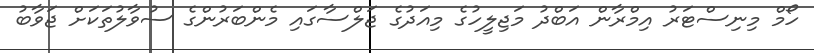
ހޯމް މިނިސްޓަރު އިމްރާން އަބްދު މަޖިލީހުގެ މިއަދުގެ ޖަލްސާގައި މެންބަރުންގެ ސުވާލުތަކަށް ޖަވާބު